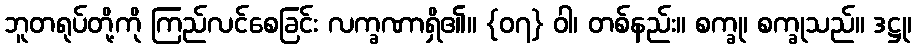
ဘူတရုပ်တို့ကို ကြည်လင်စေခြင်း လက္ခဏာရှိ၏။ {၀၇} ဝါ၊ တစ်နည်း။ စက္ခု၊ စက္ခုသည်။ ဒဋ္ဌု၊